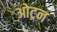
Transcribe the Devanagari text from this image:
ओट्रन